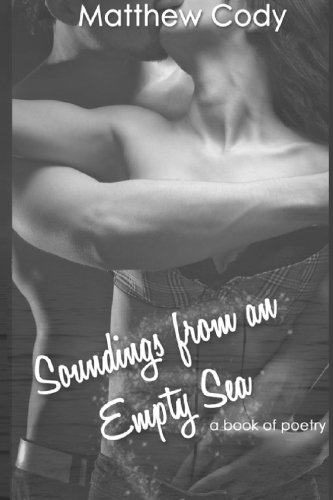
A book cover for Soundings from an Empty Sea; Matthew T. Cody; Romance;